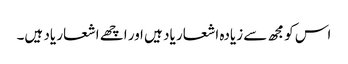
اس کو مجھ سے زیادہ اشعار یاد ہیں ا ور اچھے اشعار یاد ہیں۔